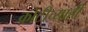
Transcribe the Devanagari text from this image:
कोटीच्याही